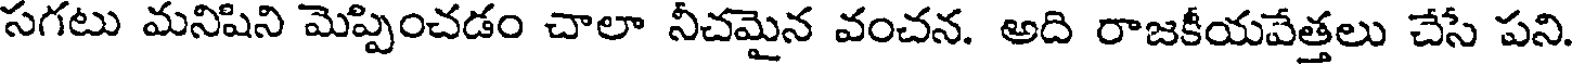
సగటు మనిషిని మెప్పించడం చాలా నీచమైన వంచన. అది రాజకీయవేత్తలు చేసే పని